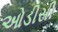
ઓડીસી